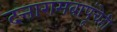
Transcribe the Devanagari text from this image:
दत्तारामबापूंचेही